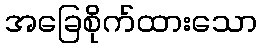
အခြေစိုက်ထားသော